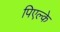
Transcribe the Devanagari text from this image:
पिएल्के